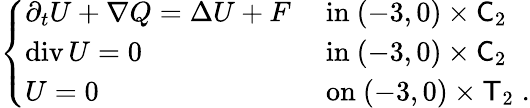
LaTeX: \begin{array}{r}{\left\{ \begin{array}{ll}{\partial_{t}U+\nabla Q=\Delta U+F}&{\mathrm{~in~}(-3,0)\times\mathsf C_{2}}\\ {\operatorname{div}U=0}&{\mathrm{~in~}(-3,0)\times\mathsf C_{2}}\\ {U=0}&{\mathrm{~on~}(-3,0)\times\mathsf T_{2}\; .}\end{array}\right.}\end{array}